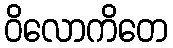
ဝိလောကိတေ